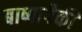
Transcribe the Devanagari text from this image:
बाष्पापैकी